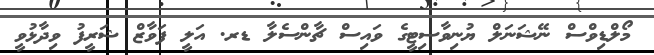
މޯލްޑިވްސް ނޭޝަނަލް ޔުނިވާސިޓީގެ ވައިސް ޗާންސެލާ ޑރ. އަލީ ފަވާޒް ޝަރީފު ވިދާޅުވީ